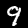
Digit: 9